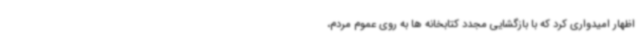
اظهار امیدواری کرد که با بازگشایی مجدد کتابخانه ها به روی عموم مردم،